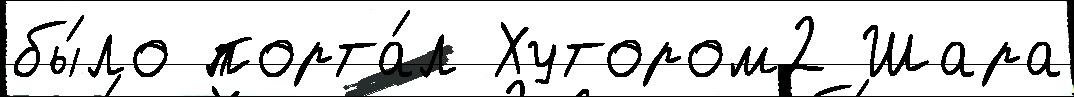
бы́ло порта́л Хутором2 Шара